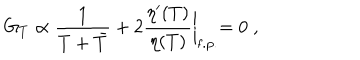
LaTeX: G _ { T } \propto { \frac { 1 } { T + \bar { T } } } + 2 { \frac { \eta ^ { \prime } ( T ) } { \eta ( T ) } } \biggl \vert _ { \mathrm { f . p . } } = 0 \; ,